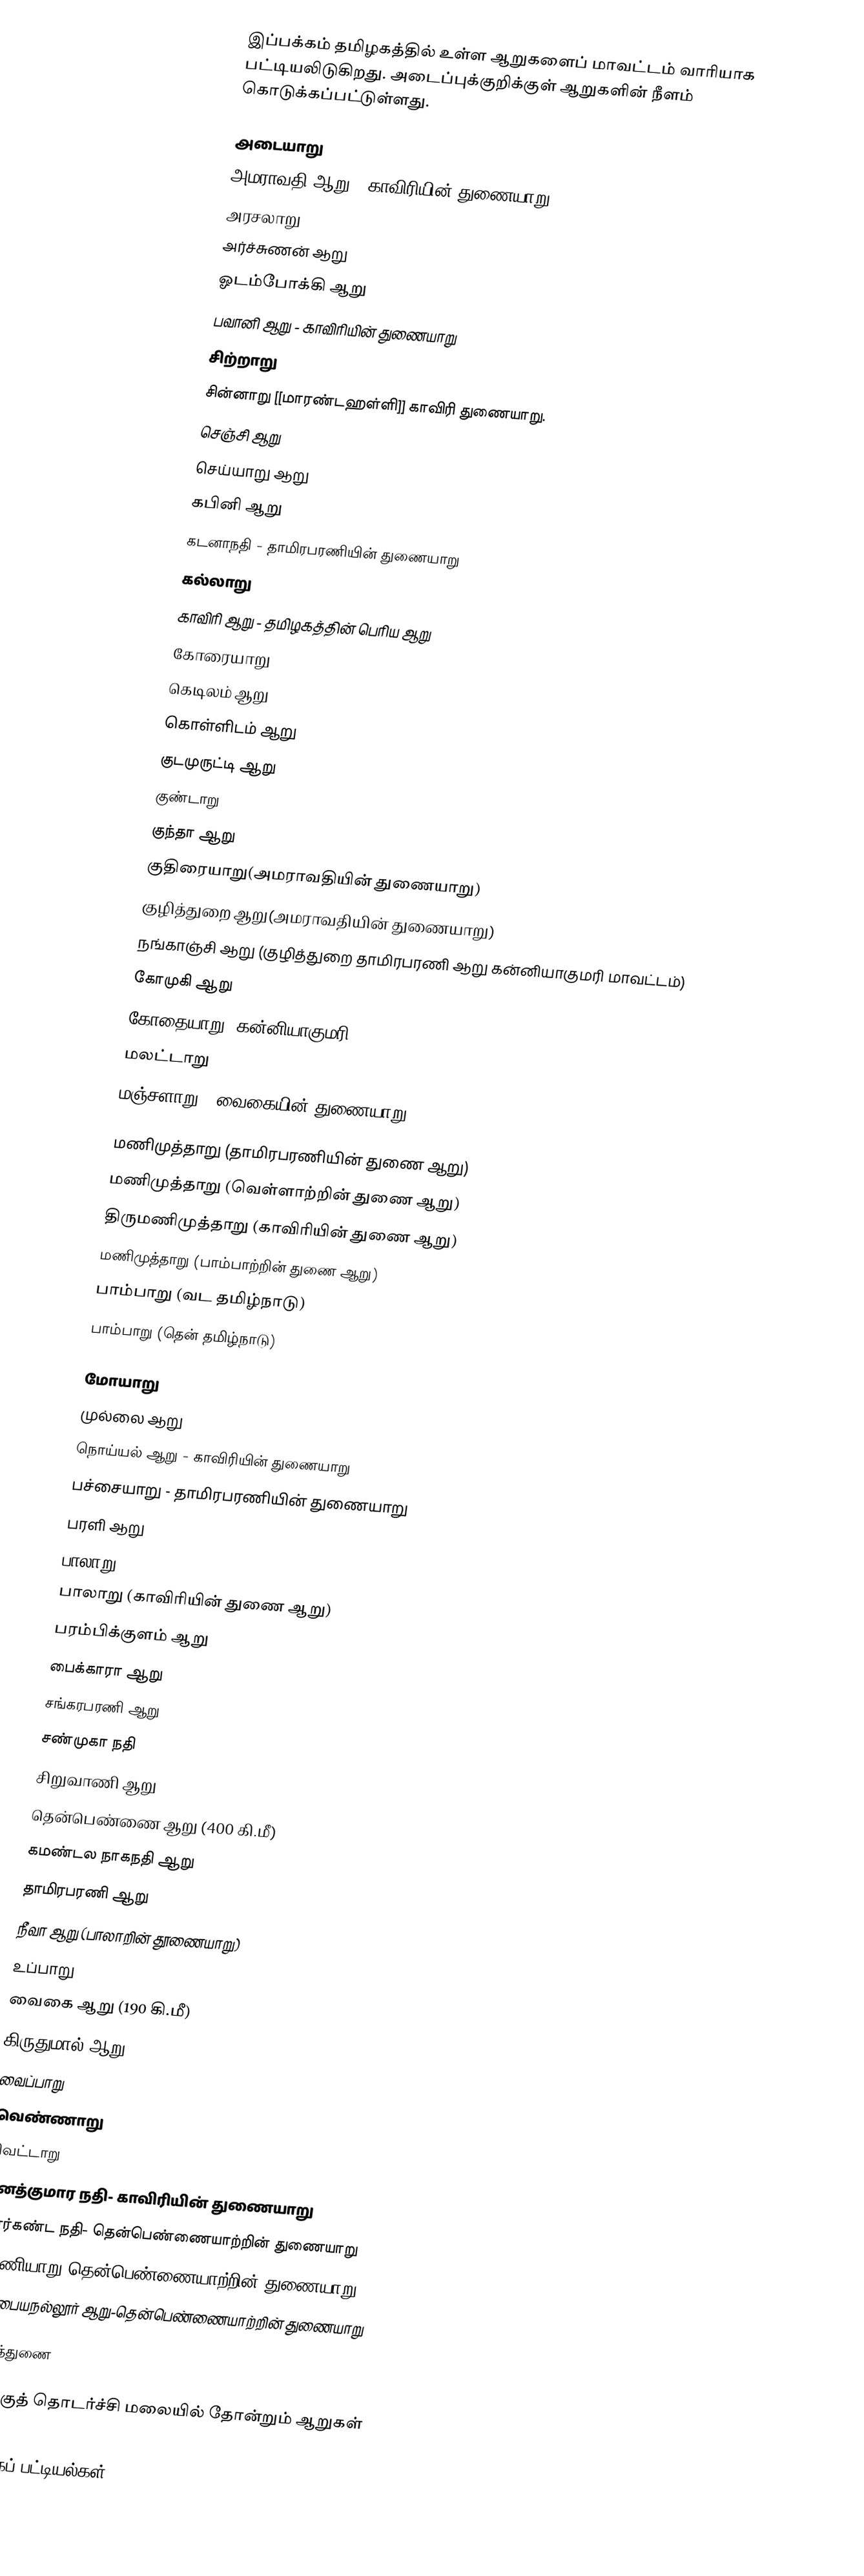
இப்பக்கம் தமிழகத்தில் உள்ள ஆறுகளைப் மாவட்டம் வாரியாக பட்டியலிடுகிறது. அடைப்புக்குறிக்குள் ஆறுகளின் நீளம் கொடுக்கப்பட்டுள்ளது.

 அடையாறு
 அமராவதி ஆறு - காவிரியின் துணையாறு
 அரசலாறு
 அர்ச்சுணன் ஆறு
 ஓடம்போக்கி ஆறு
 பவானி ஆறு - காவிரியின் துணையாறு
 சிற்றாறு
 சின்னாறு [[மாரண்டஹள்ளி]] காவிரி துணையாறு.
 செஞ்சி ஆறு
 செய்யாறு ஆறு
 கபினி ஆறு
 கடனாநதி - தாமிரபரணியின் துணையாறு
 கல்லாறு
 காவிரி ஆறு - தமிழகத்தின் பெரிய ஆறு
 கோரையாறு
 கெடிலம் ஆறு
 கொள்ளிடம் ஆறு
 குடமுருட்டி ஆறு
 குண்டாறு
 குந்தா ஆறு
 குதிரையாறு(அமராவதியின் துணையாறு)
 குழித்துறை ஆறு(அமராவதியின் துணையாறு)
 நங்காஞ்சி ஆறு (குழித்துறை தாமிரபரணி ஆறு கன்னியாகுமரி மாவட்டம்)
 கோமுகி ஆறு
 கோதையாறு (கன்னியாகுமரி)
 மலட்டாறு
 மஞ்சளாறு ( வைகையின் துணையாறு )

 மணிமுத்தாறு (தாமிரபரணியின் துணை ஆறு)
 மணிமுத்தாறு (வெள்ளாற்றின் துணை ஆறு)
 திருமணிமுத்தாறு (காவிரியின் துணை ஆறு)
 மணிமுத்தாறு (பாம்பாற்றின் துணை ஆறு)
 பாம்பாறு (வட தமிழ்நாடு)
 பாம்பாறு (தென் தமிழ்நாடு)

 மோயாறு
 முல்லை ஆறு
 நொய்யல் ஆறு - காவிரியின் துணையாறு
 பச்சையாறு - தாமிரபரணியின் துணையாறு
 பரளி ஆறு
 பாலாறு
 பாலாறு (காவிரியின் துணை ஆறு)
 பரம்பிக்குளம் ஆறு
 பைக்காரா ஆறு
 சங்கரபரணி ஆறு
 சண்முகா நதி
 சிறுவாணி ஆறு
 தென்பெண்ணை ஆறு (400 கி.மீ)
 கமண்டல நாகநதி ஆறு
 தாமிரபரணி ஆறு
 நீவா ஆறு (பாலாறின் தூணையாறு)
 உப்பாறு
 வைகை ஆறு (190 கி.மீ)
 கிருதுமால் ஆறு
 வைப்பாறு
 வெண்ணாறு
 வெட்டாறு
 சனத்குமார நதி- காவிரியின் துணையாறு
 மார்கண்ட நதி- தென்பெண்ணையாற்றின் துணையாறு
 வாணியாறு-தென்பெண்ணையாற்றின் துணையாறு
 கம்பையநல்லூர் ஆறு-தென்பெண்ணையாற்றின் துணையாறு

உசாத்துணை

 மேற்குத் தொடர்ச்சி மலையில் தோன்றும் ஆறுகள்

தமிழகப் பட்டியல்கள்